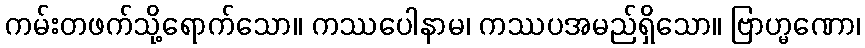
ကမ်းတဖက်သို့ရောက်သော။ ကဿပေါနာမ၊ ကဿပအမည်ရှိသော။ ဗြာဟ္မဏော၊